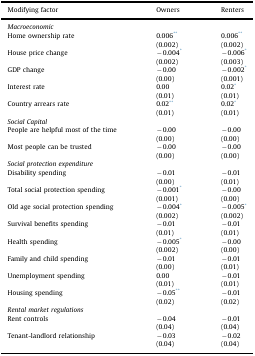
<table><thead><tr><td><b>Modifying factor</b></td><td><b>Owners</b></td><td><b>Renters</b></td></tr></thead><tbody><tr><td colspan="3"><i>Macroeconomic</i></td></tr><tr><td rowspan="2">Home ownership rate</td><td>0.006**</td><td>0.006**</td></tr><tr><td>(0.002)</td><td>(0.002)</td></tr><tr><td rowspan="2">House price change</td><td>−0.004*</td><td>−0.006*</td></tr><tr><td>(0.002)</td><td>(0.003)</td></tr><tr><td rowspan="2">GDP change</td><td>−0.00</td><td>−0.002*</td></tr><tr><td>(0.00)</td><td>(0.001)</td></tr><tr><td rowspan="2">Interest rate</td><td>0.00</td><td>0.02*</td></tr><tr><td>(0.01)</td><td>(0.01)</td></tr><tr><td rowspan="2">Country arrears rate</td><td>0.02**</td><td>0.02*</td></tr><tr><td>(0.01)</td><td>(0.01)</td></tr><tr><td colspan="3"><i>Social Capital</i></td></tr><tr><td rowspan="2">People are helpful most of the time</td><td>−0.00</td><td>−0.00</td></tr><tr><td>(0.00)</td><td>(0.00)</td></tr><tr><td rowspan="2">Most people can be trusted</td><td>−0.00</td><td>−0.00</td></tr><tr><td>(0.00)</td><td>(0.00)</td></tr><tr><td colspan="3"><i>Social protection expenditure</i></td></tr><tr><td rowspan="2">Disability spending</td><td>−0.01</td><td>−0.01</td></tr><tr><td>(0.00)</td><td>(0.01)</td></tr><tr><td rowspan="2">Total social protection spending</td><td>−0.001*</td><td>−0.00</td></tr><tr><td>(0.001)</td><td>(0.00)</td></tr><tr><td rowspan="2">Old age social protection spending</td><td>−0.004*</td><td>−0.005*</td></tr><tr><td>(0.002)</td><td>(0.002)</td></tr><tr><td rowspan="2">Survival benefits spending</td><td>−0.01</td><td>−0.01</td></tr><tr><td>(0.01)</td><td>(0.01)</td></tr><tr><td rowspan="2">Health spending</td><td>−0.005*</td><td>−0.00</td></tr><tr><td>(0.002)</td><td>(0.00)</td></tr><tr><td rowspan="2">Family and child spending</td><td>−0.01</td><td>−0.01</td></tr><tr><td>(0.00)</td><td>(0.01)</td></tr><tr><td rowspan="2">Unemployment spending</td><td>0.00</td><td>−0.01</td></tr><tr><td>(0.01)</td><td>(0.01)</td></tr><tr><td rowspan="2">Housing spending</td><td>−0.05**</td><td>−0.01</td></tr><tr><td>(0.02)</td><td>(0.02)</td></tr><tr><td colspan="3"><i>Rental market regulations</i></td></tr><tr><td rowspan="2">Rent controls</td><td>−0.04</td><td>−0.01</td></tr><tr><td>(0.04)</td><td>(0.04)</td></tr><tr><td rowspan="2">Tenant-landlord relationship</td><td>−0.03</td><td>−0.02</td></tr><tr><td>(0.04)</td><td>(0.04)</td></tr></tbody></table>